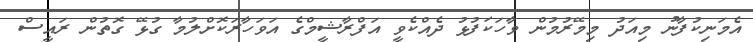
އެމަނިކުފާނު މިއަދު މިމޭރުމުން ވާހަކަފުޅު ދެއްކެވީ އަފްރާޝީމްގެ އަވަހާރަކޮށްލުމާ ގުޅޭ ގޮތުން ރައީސް